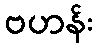
ဗဟန်း